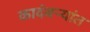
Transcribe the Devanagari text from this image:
कादंबऱ्यांत